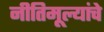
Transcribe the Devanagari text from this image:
नीतिमूल्यांचे